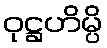
ဝုဋ္ဌဟိမ္ပိ